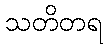
သတိတရ